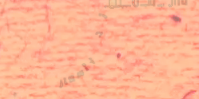
محل بقالة الزوائد بأسعار